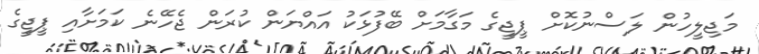
މަޖިލީހުން ލަސްނުކޮށް ޕީޖީގެ މަގާމަށް ބޭފުޅަކު އައްޔަން ކުރަން ޖެހޭނެ ކަމަށާއި ޕީޖީގެ